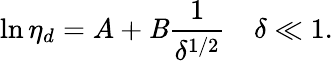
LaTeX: \ln\eta_{d}=A+\mathit{B}\frac{{1}}{{\delta^{1/2}}}~~~~\delta\ll1.